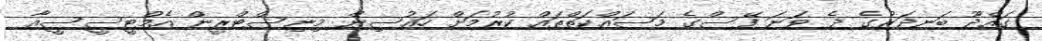
ގައްދޫ ބަނދަރުގެ ދެ ވަނަ ފޭސްގެ މަސައްކަތްތައް ކުރުމަށް ހައުސިން މިނިސްޓްރީން އެމްޓީސީސީއާ